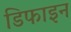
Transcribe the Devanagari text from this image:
डिफाइन